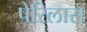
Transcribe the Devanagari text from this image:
पेरिलास